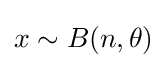
x\sim B(n,\theta )\,\!